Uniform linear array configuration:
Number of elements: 64
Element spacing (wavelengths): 0.5
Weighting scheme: uniform
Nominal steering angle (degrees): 60
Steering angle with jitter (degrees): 59.315
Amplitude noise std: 0.05
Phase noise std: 0.05

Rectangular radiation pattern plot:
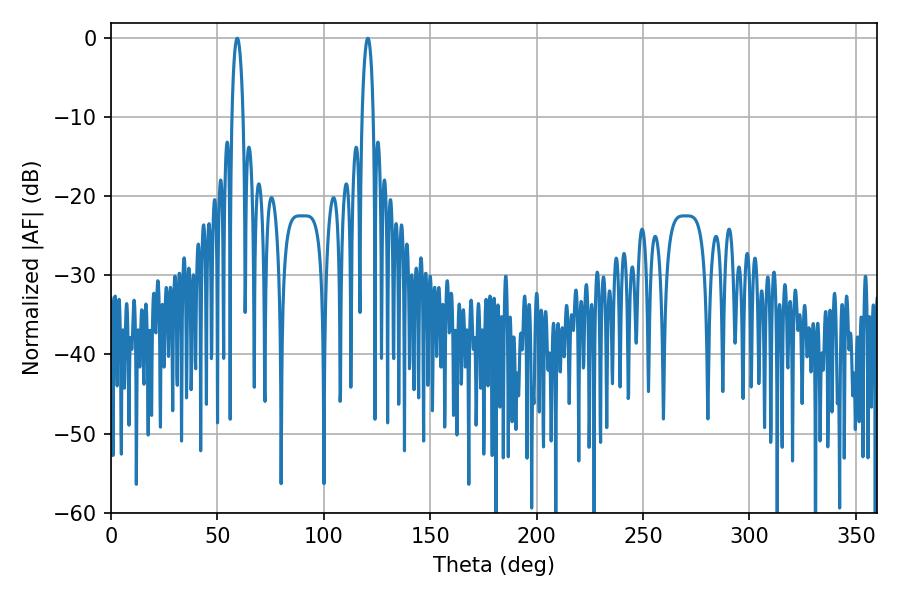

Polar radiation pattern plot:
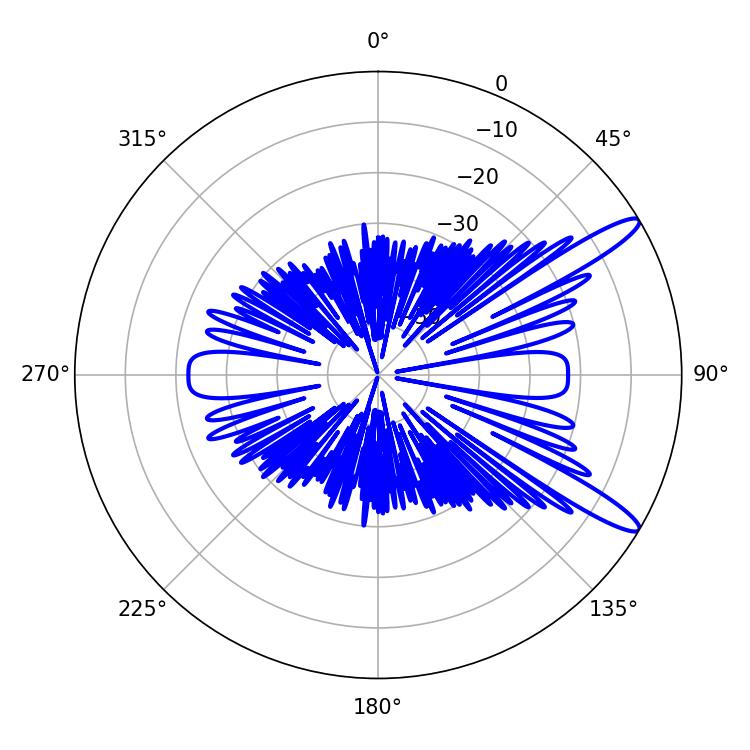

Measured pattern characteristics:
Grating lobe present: FALSE
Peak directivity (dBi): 12.865
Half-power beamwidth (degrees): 2.88
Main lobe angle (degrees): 59.4